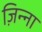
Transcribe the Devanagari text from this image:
ज़िन्ना